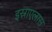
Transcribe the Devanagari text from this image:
इस्राएलास